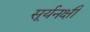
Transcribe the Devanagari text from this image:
सूर्यनक्षी